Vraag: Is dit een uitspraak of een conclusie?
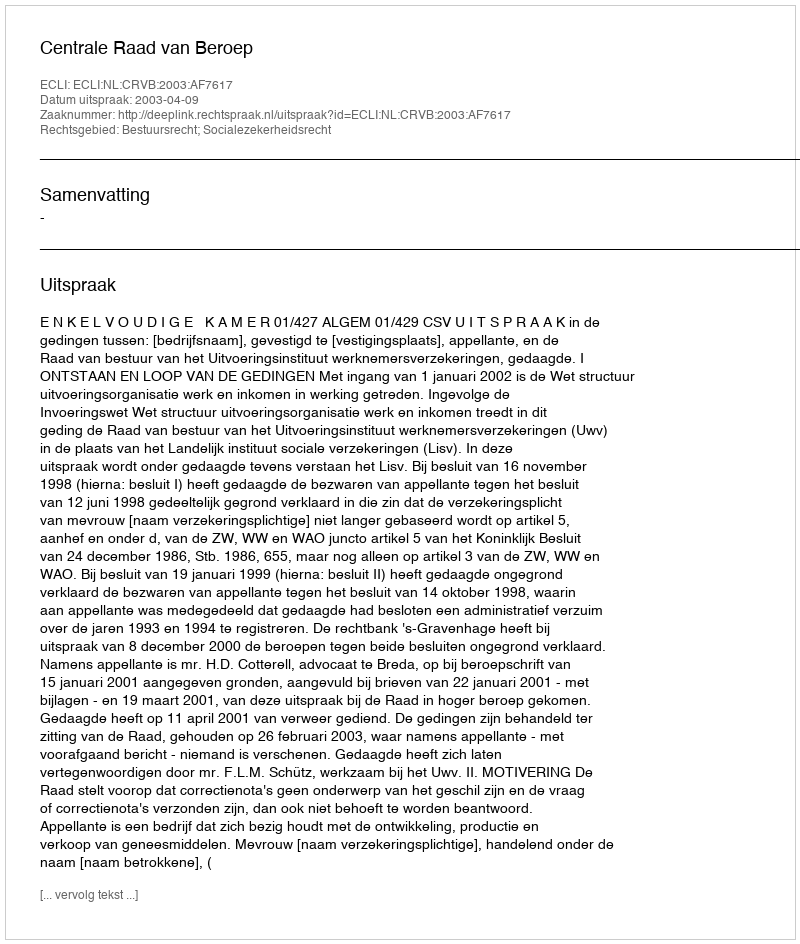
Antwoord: Uitspraak